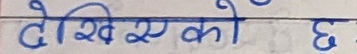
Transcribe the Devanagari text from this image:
देखिएको छ।